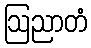
ဩညာတံ